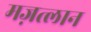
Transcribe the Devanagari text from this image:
मज़त्लान